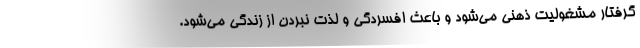
گرفتار مشغولیت ذهنی می‌شود و باعث افسردگی و لذت نبردن از زندگی می‌شود.